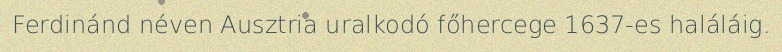
Ferdinánd néven Ausztria uralkodó főhercege 1637-es haláláig.